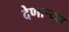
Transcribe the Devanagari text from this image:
देणाऱ्याा